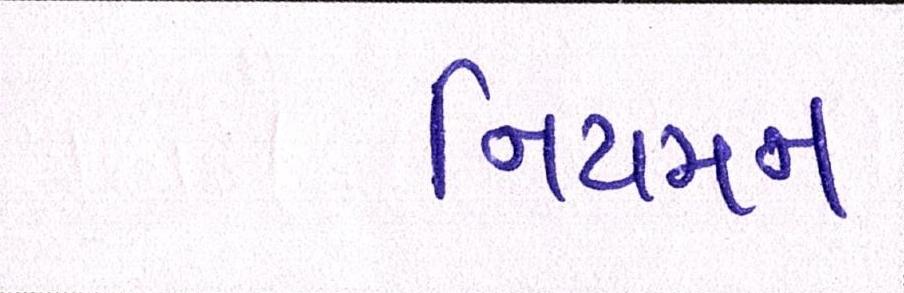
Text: નિયમન